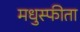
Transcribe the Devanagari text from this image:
मधुस्फीता